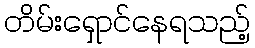
တိမ်းရှောင်နေရသည့်